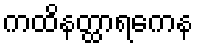
ကထိနတ္ထာရကေန